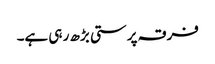
فرقہ پرستی بڑھ ر ہی ہے۔